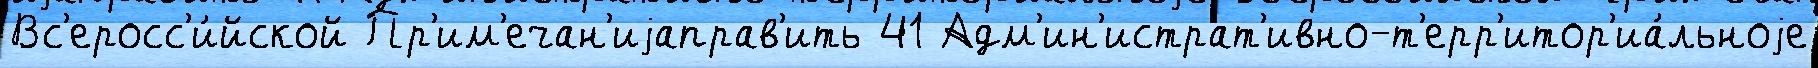
Вс'еросс'и́йской Пр'им'ечан'иjаправ'ить 41 Адм'ин'истрат'ивно-т'ерр'итор'иа́льноjе